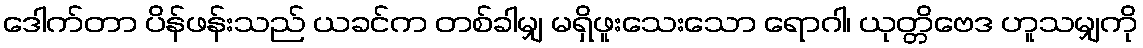
ဒေါက်တာ ပိန်ဖန်းသည် ယခင်က တစ်ခါမျှ မရှိဖူးသေးသော ရောဂါ၊ ယုတ္တိဗေဒ ဟူသမျှကို